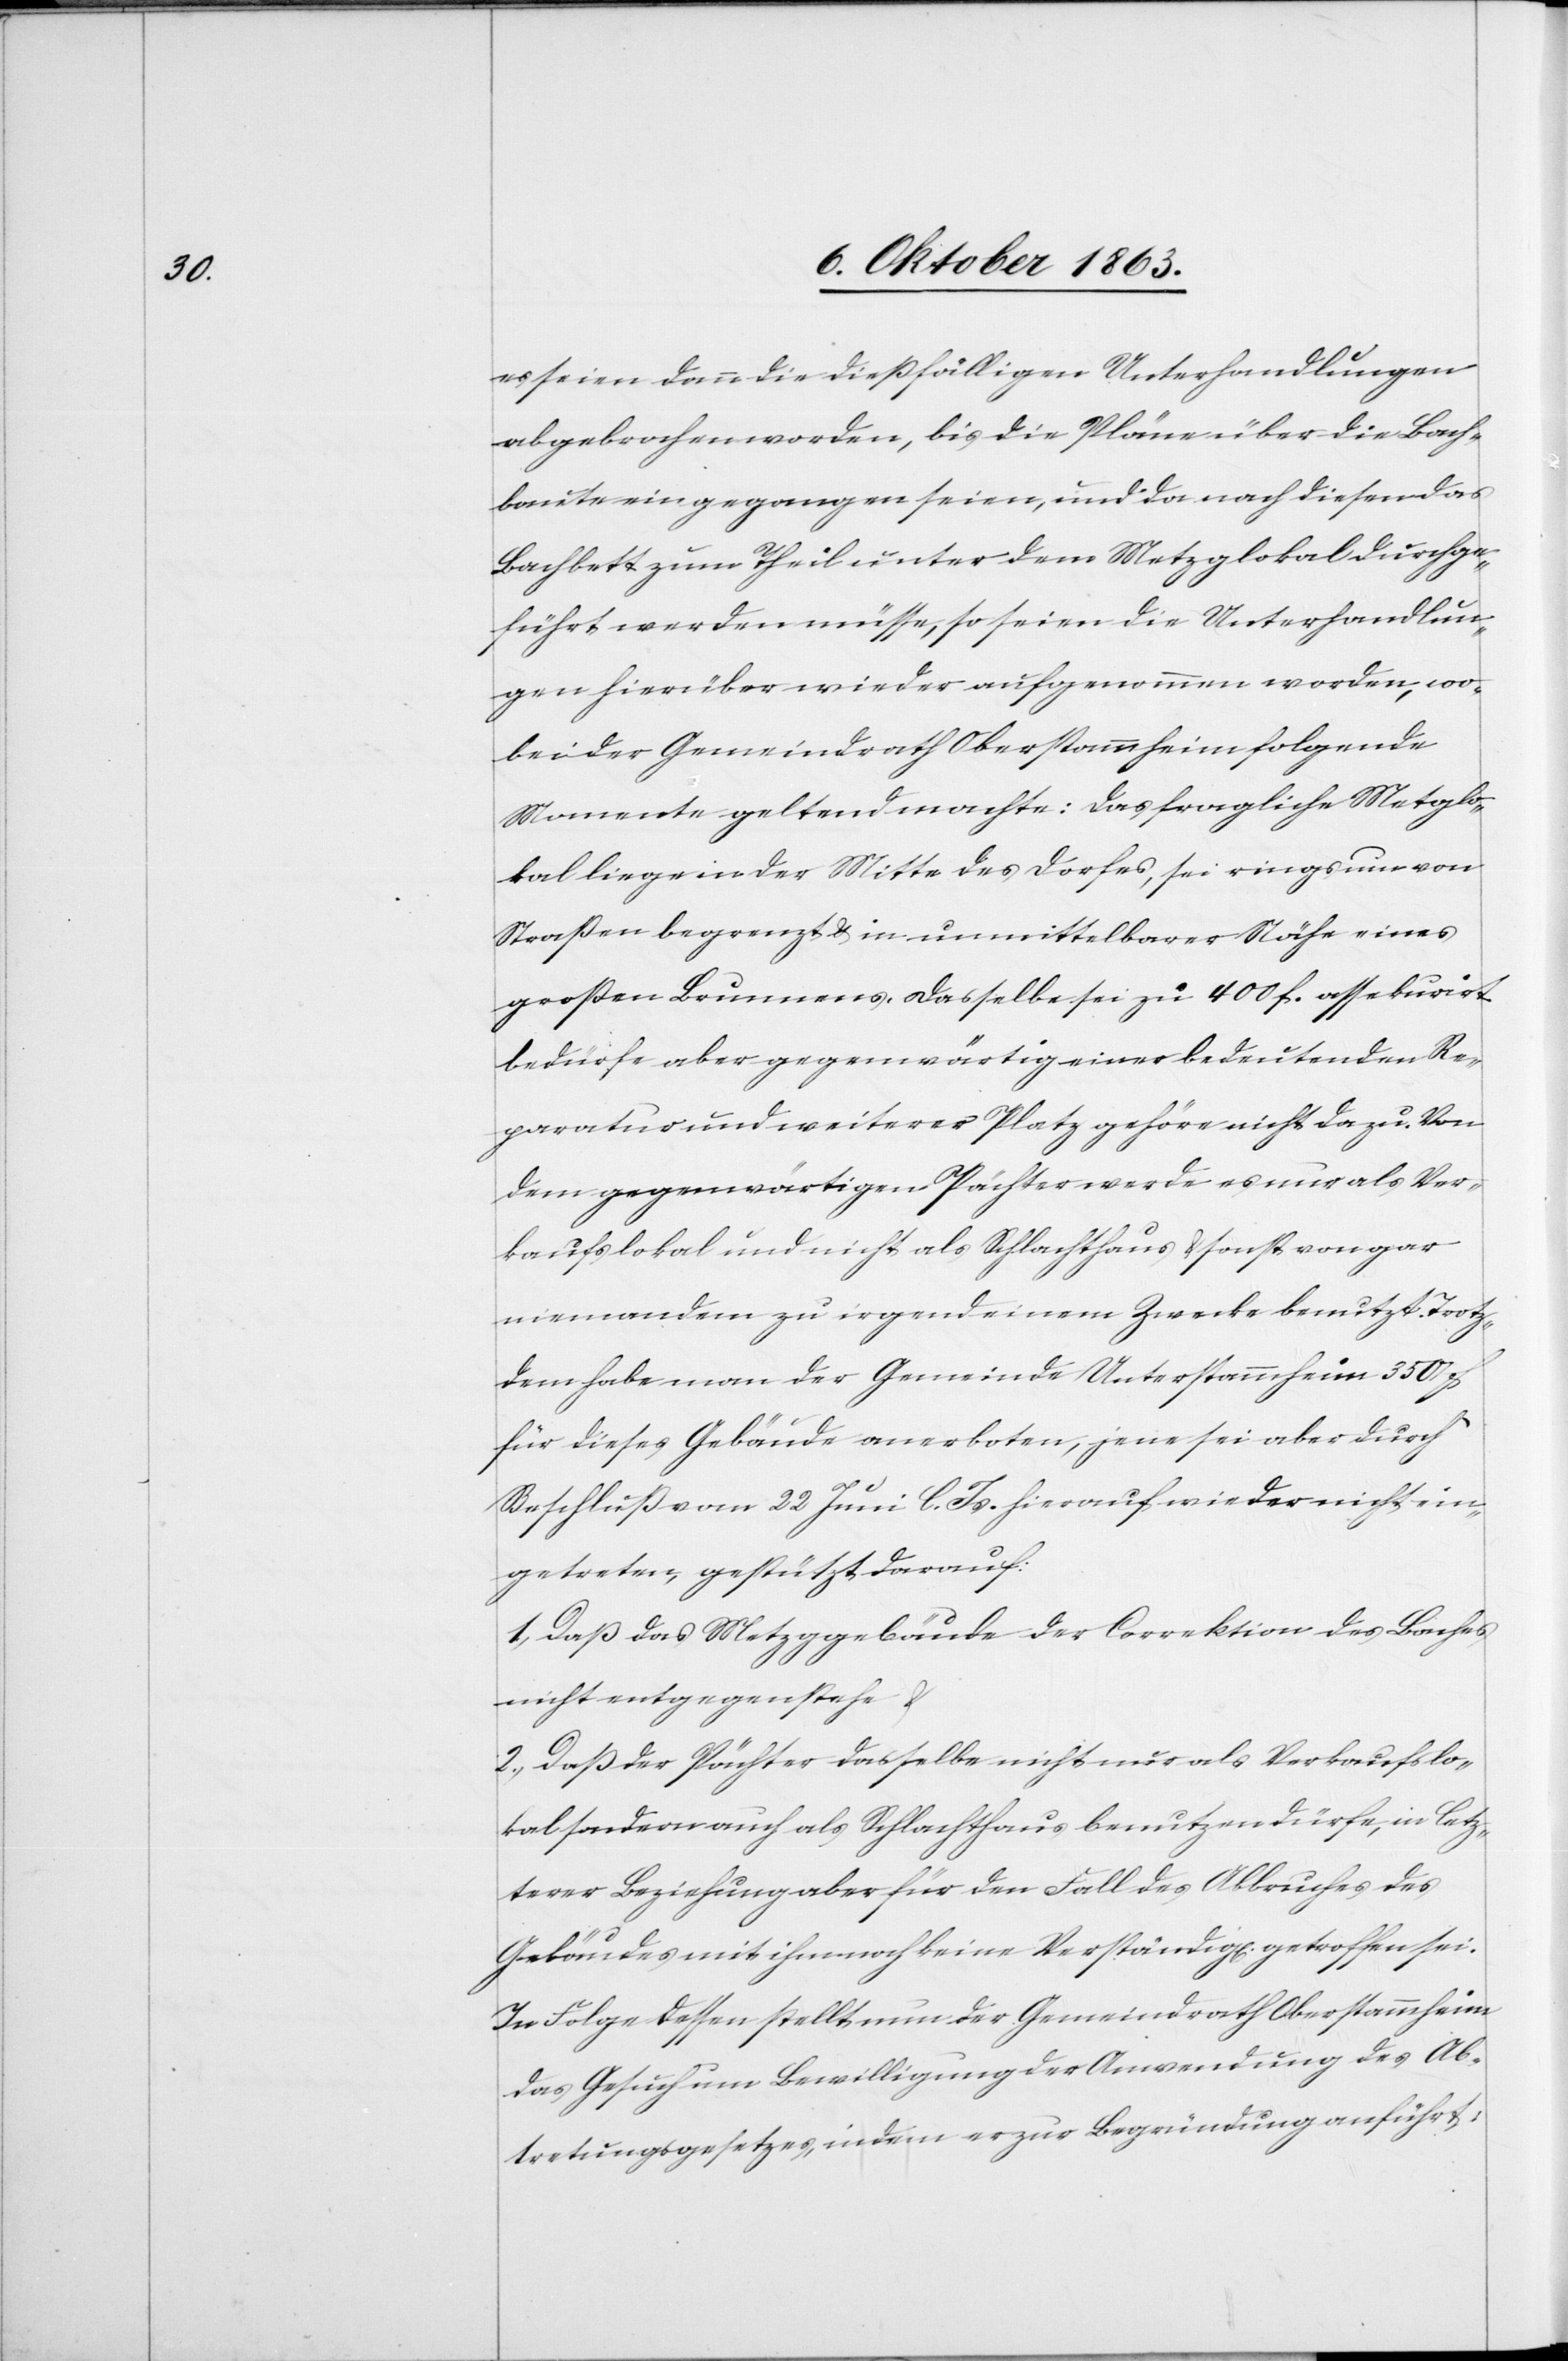
es seien dann die dießfälligen Unterhandlungen
abgebrochen worden, bis die Pläne über die Bach¬
baute eingegangen seien, und da nach diesen das
Bachbett zum Theil unter dem Metzglokal durchge¬
führt werden müsse, so seien die Unterhandlun¬
gen hierüber wieder aufgenommen worden, wo¬
bei der Gemeindrath Oberstammheim folgende
Momente geltend machte: Das fragliche Met[z]glo¬
kal liege in der Mitte des Dorfes, sei rings um von
Straßen begrenzt & in unmittelbarer Nähe eines
großen Brunnens, dasselbe sei zu 400 f. assekurirt
bedürfe aber gegenwärtig einer bedeutenden Re¬
paratur und weiterer Platz gehöre nicht dazu. Von
dem gegenwärtigen Pächter werde es nur als Ver¬
kaufslokal und nicht als Schlachthaus & sonst von gar
niemandem zu irgend einem Zwecke benutzt. Trotz¬
dem habe man der Gemeinde Unterstammheim 350 f.
für dieses Gebäude anerboten, jene sei aber durch
Beschluß vom 22 Juni l. Js. hierauf wieder nicht ein¬
getreten, gestützt darauf:
1.) Daß das Metzggebäude der Correktion des Baches
nicht entgegenstehe &
2.) Daß der Pächter dasselbe nicht nur als Verkaufslo¬
kal sondern auch als Schlachthaus benutzen dürfe, in letz¬
terer Beziehung aber für den Fall des Abbruches des
Gebäudes mit ihm noch keine Verständig[ung] getroffen sei.
In Folge dessen stellt nun der Gemeindrath Oberstammheim
das Gesuch um Bewilligung der Anwendung des Ab¬
tretungsgesetzes, indem er zur Begründung anführt: